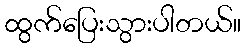
ထွက်ပြေးသွားပါတယ်။